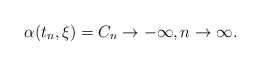
\begin{align*} \alpha(t_n,\xi)=C_n\to -\infty, n\to\infty. \end{align*}